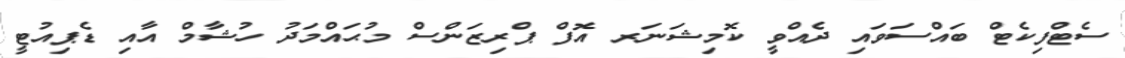
ސެޓްފިކެޓް ބައްސަވައި ދެއްވީ ކޮމިޝަނަރ އޮފް ޕްރިޒަންސް މުޙައްމަދު ހުޝާމް އާއި ޑެޕިއުޓީ